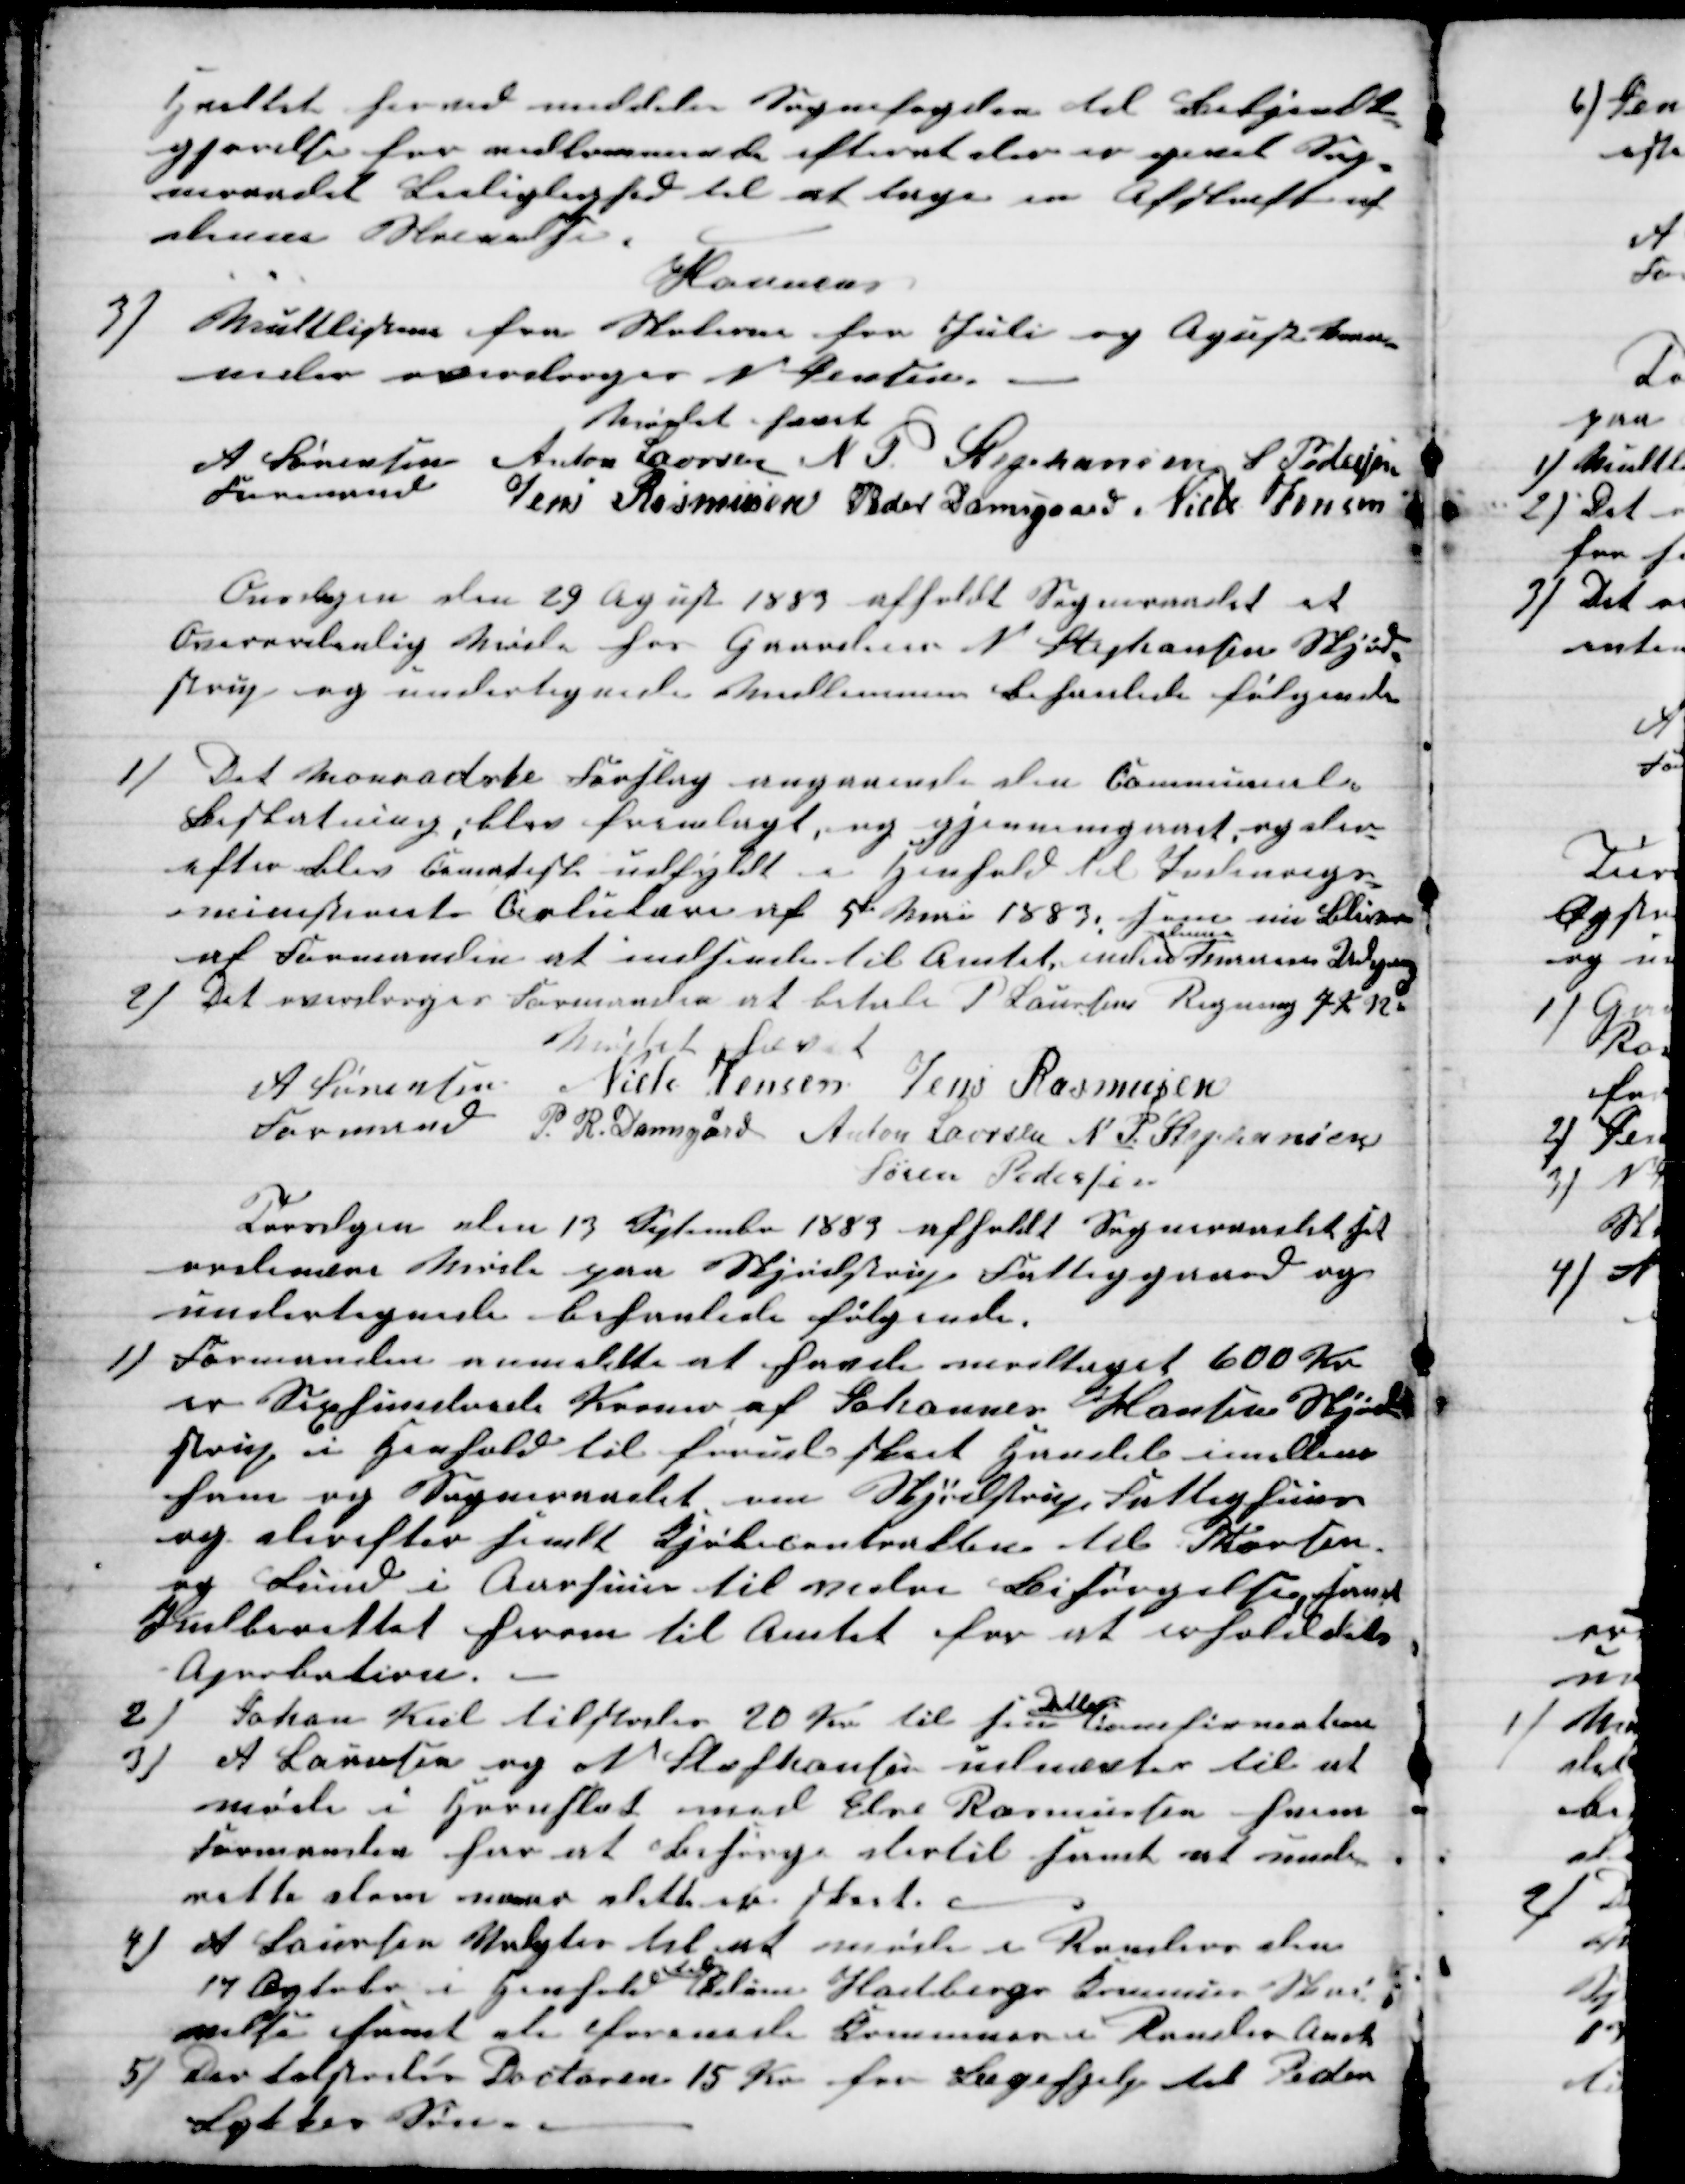
Transskription:
Hvilket herved meddeles Sognefogden til Bekjendt-
gjørelse for vedkommende efterat der er givet Sog-
neraadet Leiliglighed til at tage en Afskrift af
denne Skrivelse.
Homanns
3) Multlisterne fra Skolerne fra Juli og Agust Maa-
neder overdroges N. Jensen.
Mødet hævet
A Sørensen 
Formand
Anton Laursen N. P. Stephansen S Pedersen
Jens Rasmusen Peder Damsgaard Niels Jensen
Onsdagen den 29 Agust 1883 afholdt Sogneraadet et
Overordenlig Møde hos Gaardeier N. Stephansen Skjød-
strup og undertegnede Medlemmer behanlede følgende
1) Det Monradste Forslag angaaende den Communale
Beslutning, blev fremlagt, og gjennemgaaet, og der-
efter blev Cemadeste udfyldt i Henhold til Indenrigs-
ministeriets Cirkulære af 5te Mai 1883, som nu bliver
af Formanden at indsende til Amtet inden 
denne
F  s Udgang
2) Det overdroges Formanden at betale P. Laursens Regning 7 K 12 "
Mødet hævet
A Sørensen
Formand
Niels Jensen Jens Rasmusen
P. R. Damsgård Anton Laursen N. P. Stephansen
Søren Pedersen
Torsdagen den 13 September 1883 afholdt Sogneraadet sit
ordinære Møde paa Skjødstrup Fattiggaard og
undertegnede behanlede følgende.
1) Formanden anmeldte at havde modtaget 600 Kr.
er Sexhundrede Kroner af Johannes Hansen Skjød-
strup i Henhold til forud sket Handel imellem
ham og Sogneraadet om Skjødstrup Fattighuus
og derefter sendt Kjøbecontrakten til P Hansen
og Lund i Aarhuus til vidre Bisørgelse samt
Indberettet herom til Amtet for at erholde dets
Aprobation.
2)
Johan Kiil tilstodes 20 Kr. til sin
Datters
Confirmation
3)
A Laursen og N Stephansen udmeltes til at
møde i Hornslet med Else Rasmussen hvem
Formanden har at besørge dertil samt at under-
rette dem naar dette er slut.
4)
A Laursen Valgtes til at møde i Randers den
17 October i Henhold 
til
Ødum Hadbergs Kommunes Skri-
velse samt de forenede Kommuner i Randers Amt
5) Der tilstodes Doctoren 15 Kr for Lægehjelp til Peder
Lykkes Søn.